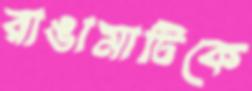
রাঙামাটিকে